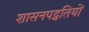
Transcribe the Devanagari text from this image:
शासनपद्धतियों